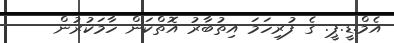
އެމް.ޑީ.ޕީ. ގެ ފުރިހަމަ އިތުބާރު އޮތްކަން ހާމަކުރުން